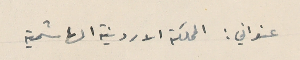
عنواني : المملكة الاردنية الهاشمية